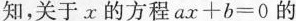
知，关于x的方程$$ ax+b=0 $$的